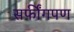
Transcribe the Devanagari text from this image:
सर्फींगपण